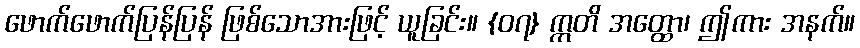
ဖောက်ဖောက်ပြန်ပြန် ဖြစ်သောအားဖြင့် ယူခြင်း။ {၀၇} ဣတိ အတ္ထော၊ ဤကား အနက်။